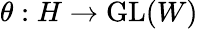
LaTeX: \theta:H\to{\mathrm{GL}}(W)